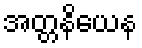
အတ္တနိယေန